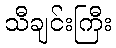
သီချင်းကြီး